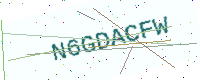
Text: N6GDACFW